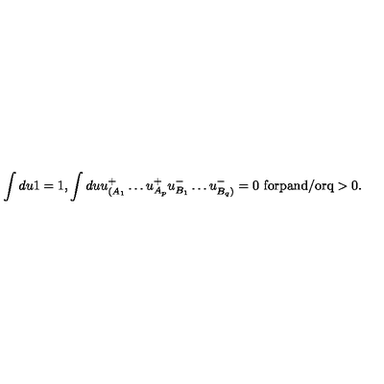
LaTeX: \int d u 1 = 1 , \int d u u _ { ( A _ { 1 } } ^ { + } \ldots u _ { A _ { p } } ^ { + } u _ { B _ { 1 } } ^ { - } \ldots u _ { B _ { q } ) } ^ { - } = 0 \ \mathrm { f o r p a n d / o r q > 0 } .